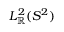
L _ { \mathbb { R } } ^ { 2 } ( S ^ { 2 } )